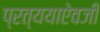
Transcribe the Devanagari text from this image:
प्रत्ययाऐवजी